system: You are a helpful assistant.
user:
Analyze the provided spectrum to determine if it is a **S-type Star**.

- **Key Indicators for S-type Star:**

    - **(Overall Spectrum Shape):** The first and most obvious characteristic is the overall continuum (the "baseline" shape). It is **extremely "red-sloping,"** meaning the flux (light intensity) is very low on the left side (blue, ~4000-4500 Å) and rises steeply and continuously toward the right side (red, ~7000 Å+).

    - **(Primary):** The spectrum is defined by the presence of strong, broad molecular absorption "valleys" (bands) from **Zirconium Oxide (ZrO)**. The identification of these bands is the **primary requirement** for classifying a star as S-type.
        - **(Key Bandheads):** You must find distinct, deep "dips" where the light has been absorbed. The most critical band systems to locate are:
            - **~6474 Å** ($\gamma$-system): This is often the strongest and clearest ZrO feature, found in the red part of the spectrum.
            - **~5718 Å** & **~5551 Å** ($\beta$-system): A pair of prominent absorption features in the yellow-orange part of the spectrum.
            - **~4640 Å** ($\alpha$-system): A key absorption band system in the blue-green region of the spectrum.

    - **(Secondary Confirmation):** The classification is strengthened by finding additional absorption bands from other related heavy element oxides, which are expected to be present alongside ZrO.
        - **(Key Bandheads):**
            - **Yttrium Oxide (YO):** Look for absorption dips near **~4800 Å** and **~6100 Å**.
            - **Lanthanum Oxide (LaO):** Additional absorption features, particularly in the red-orange part of the spectrum, are also characteristic.

    - **(Line Profile):** The combination of the steep red continuum and these numerous, deep molecular bands (ZrO, YO, etc.) gives the entire spectrum a very **"chopped-up"** or **"bumpy"** appearance. Instead of a smooth curve, the spectrum looks as though large, wide chunks of light have been "carved out" of it at the specific wavelengths listed above.

Think first, call **spectral_visualization_tool** if needed to examine features in detail, then provide your final answer. Your response must adhere to the following strict rules:
1.  **Overall Structure:** Your response must follow the format `<think>...</think> <tool_call>...</tool_call> (if a tool is used) <answer>...</answer>`.
2.  **Tool Usage Constraint:** You may only make **one** tool call per turn.
3.  **Final Answer Format:** In the `<answer>` tag, your conclusion must be inside a `\boxed{}` command (e.g., `\boxed{YES}` or `\boxed{NO}`), followed by your justification.

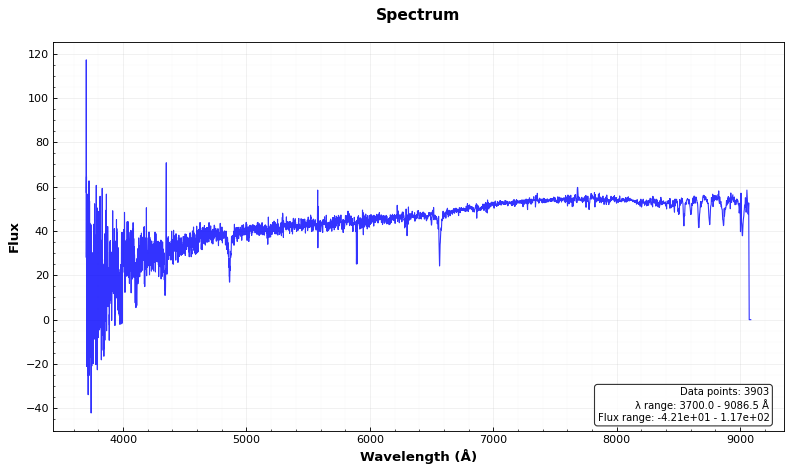
Answer: NO